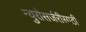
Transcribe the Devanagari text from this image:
न्युरोसर्जरीसाठी